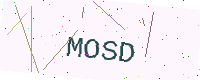
Text: MOSD